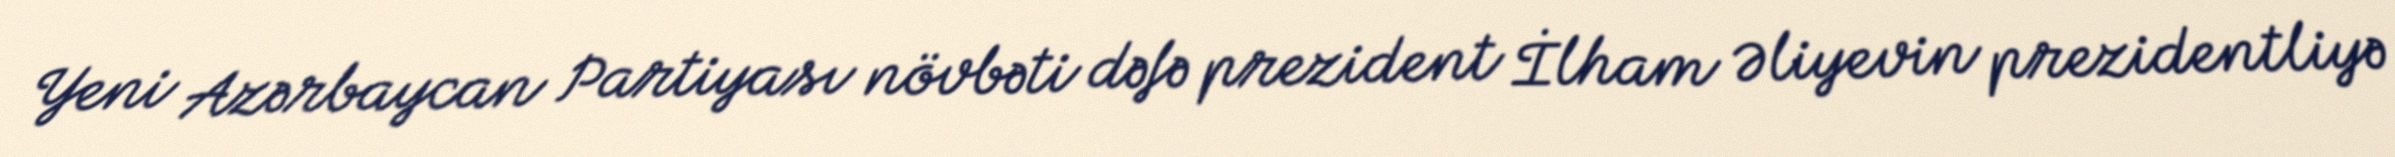
Yeni Azərbaycan Partiyası növbəti dəfə prezident İlham Əliyevin prezidentliyə